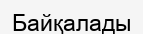
Байқалады